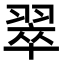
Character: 翠